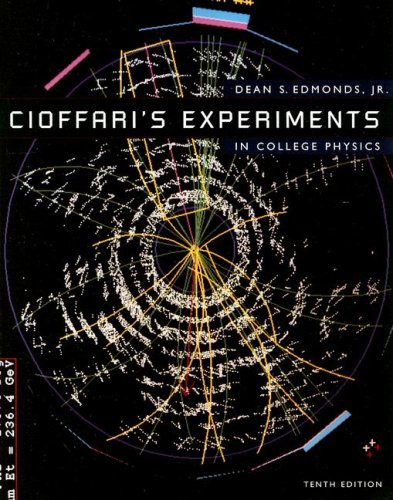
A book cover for Cioffari's Experiments in College Physics; Dean Edmonds; Science & Math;